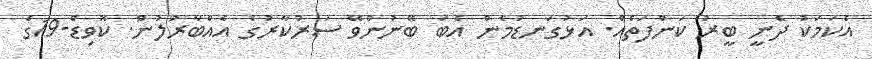
އެކަމަކު ދެނީ ބީރު ކަންފަތެއް. އަޅުގަނޑުމެން އެބަ ބޭނުންވޭ ސަރުކާރުގެ އެއްބާރުލުން. ކޮވިޑް-19ގެ